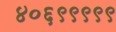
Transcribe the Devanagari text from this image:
४०६९९९९९